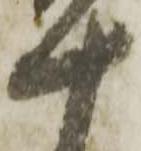
十